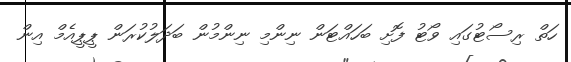
ހަތް ރިސޯޓުގައި ވޯޓު ފޮށި ބަހައްޓަން ނިންމި ނިންމުން ބަދަލުކުރަން ޕީޕީއެމް އިން